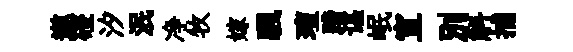
遨磴汐泯净牧嫁颿璮蹄谌岷宣别斛捕